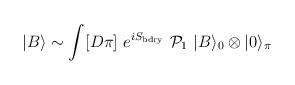
LaTeX: \begin{align*}|B\rangle \sim \int [D\pi]\ e^{ iS_{\rm bdry}}\ {\cal P}_1\ |B\rangle_0\otimes |0\rangle_\pi\end{align*}